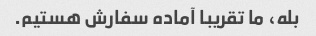
بله، ما تقریبا آماده سفارش هستیم.